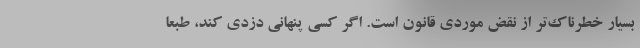
بسیار خطرناک‌تر از نقض موردی قانون است. اگر کسی پنهانی دزدی کند، طبعاً